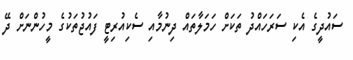
ސައުދީގެ އެކި ސަރަހައްދު ތަކަށް ހަމަލާތައް ދިނުމާއި ސެކިއުރިޓީ ފައުޖުތަކުގެ މީހުންނަށް ދޭ